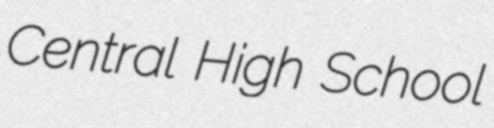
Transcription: Central High School